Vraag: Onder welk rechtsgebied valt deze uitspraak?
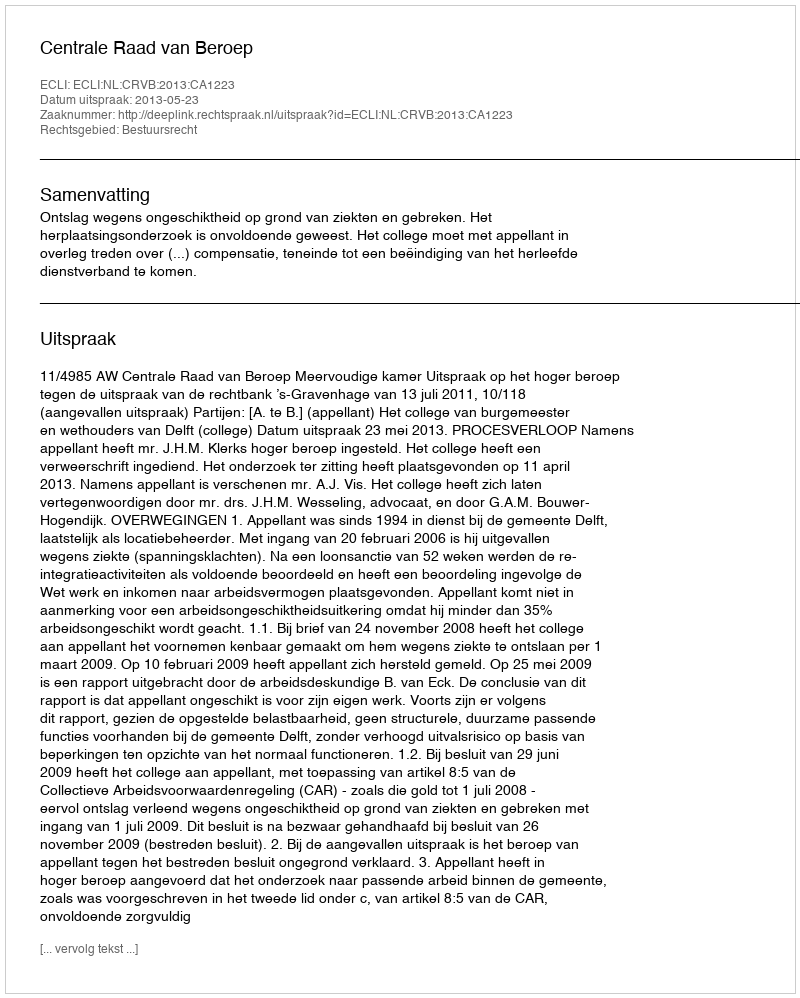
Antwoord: Bestuursrecht